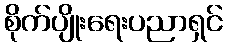
စိုက်ပျိုးရေးပညာရှင်